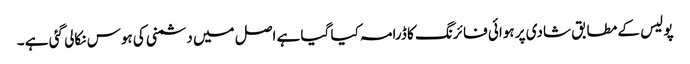
پو لیس کے مطابق شادی پر ہوائی فا ئرنگ کا ڈرامہ کیا گیا ہے اصل میں دشمنی کی ہوس نکالی گئی ہے ۔